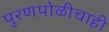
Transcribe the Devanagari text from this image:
पुरणपोळीचाही